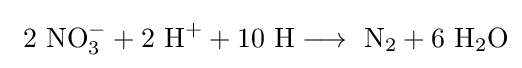
\mathrm {\ 2\ NO_{3}^{-}+2\ H^{+}+10\ H\longrightarrow \ N_{2}+6\ H_{2}O}